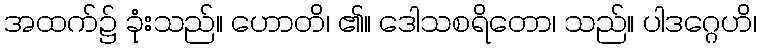
အထက်၌ ခုံးသည်။ ဟောတိ၊ ၏။ ဒေါသစရိတော၊ သည်။ ပါဒဂ္ဂေဟိ၊